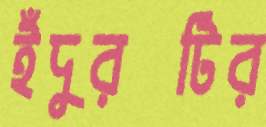
ইঁদুরটির